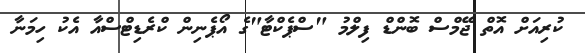
ކުރިއަށް އޮތް ޖޭމްސް ބޮންޑް ފިލްމު "ސްޕެކްޓާ"ގެ އޯޕެނިން ކްރެޑިޓްސްއާ އެކު ހިމަނާ